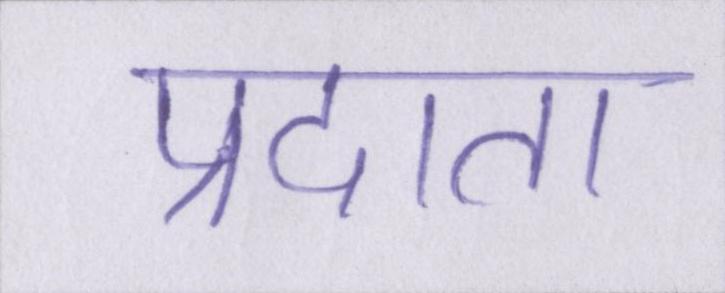
प्रदाता